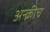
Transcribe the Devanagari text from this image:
अन्क्रीच